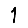
Digit: 1